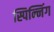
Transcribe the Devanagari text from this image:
स्पिन्निंग